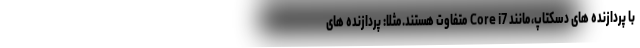
با پردازنده های دسکتاپ،مانند Core i7 متفاوت هستند.مثلا: پردازنده های